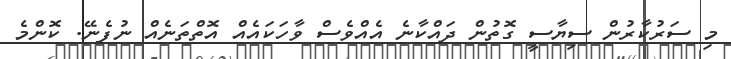
މި ސަރުކާރުން ސިޔާސީ ގޮތުން ދައްކާނެ އެއްވެސް ވާހަކައެއް އޮތްތަނެއް ނުފެނޭ. ކޮންމެ